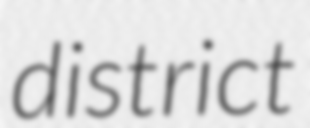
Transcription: district